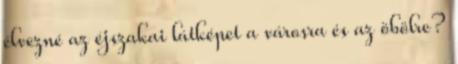
élvezné az éjszakai látképet a városra és az öbölre?